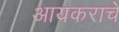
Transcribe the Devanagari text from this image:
आयकराचे